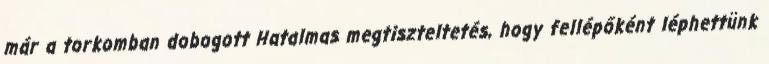
már a torkomban dobogott Hatalmas megtiszteltetés, hogy fellépőként léphettünk